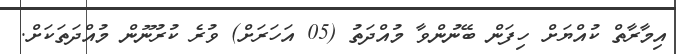
އިމާރާތް ކުއްޔަށް ހިފަން ބޭނުންވާ މުއްދަތު (05 އަހަރަށް) ވުރެ ކުރުނޫން މުއްދަތަކަށް.